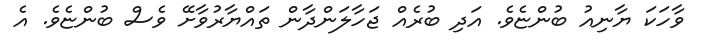
ވާހަކަ ޔާނިއު ބުންޏެވެ. އަދި ބުރެއް ޖަހާލަންދާން ތައްޔާރުވާށޭ ވެސް ބުންޏެވެ. އެ